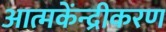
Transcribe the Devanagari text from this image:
आत्मकेंन्द्रीकरण